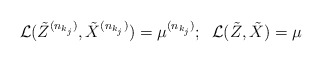
\begin{align*} \mathcal{L}(\tilde{Z}^{(n_{k_j})}, \tilde{X}^{(n_{k_j})}) = \mu^{(n_{k_j})};\;\;\mathcal{L}(\tilde{Z}, \tilde{X}) = \mu \end{align*}